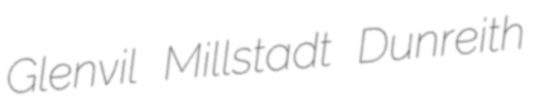
Glenvil Millstadt Dunreith